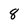
Character: 8